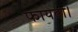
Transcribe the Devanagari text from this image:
फायदा।